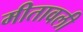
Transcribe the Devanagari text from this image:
मीतावली